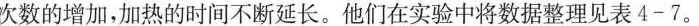
次数的增加，加热的时间不断延长。他们在实验中将数据整理见表4-7。